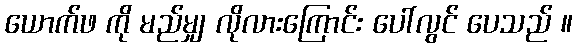
ယောက်ဖ ကို မည်မျှ လိုလားကြောင်း ပေါ်လွင် ပေသည် ။